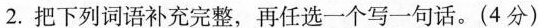
2.把下列词语补充完整，再任选一个写一句话。(4分)